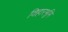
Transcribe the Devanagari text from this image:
विहारभूमि